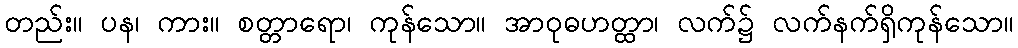
တည်း။ ပန၊ ကား။ စတ္တာရော၊ ကုန်သော။ အာဝုဓဟတ္ထာ၊ လက်၌ လက်နက်ရှိကုန်သော။